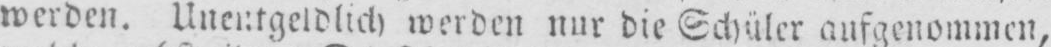
werden. Unentgeldlich werden nur die Schüler aufgenommen,